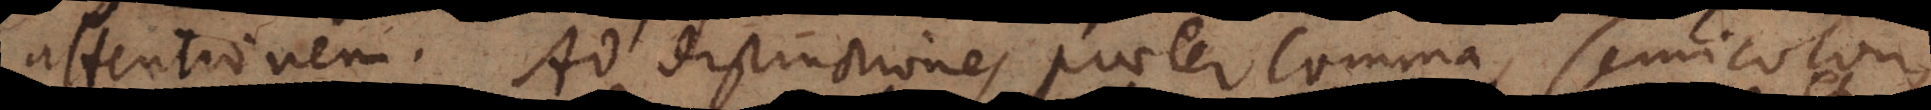
attentionem. Ad distinctiones praeter comma, semicolon,